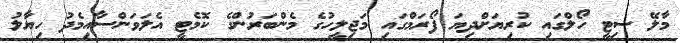
މާލޭ ސިޓީ ހޯލްގައި ކުރިޔަށްދިޔަ ފޯރަމްގައި މަޖިލީހުގެ މެންބަރުންގެ ކޮމެޓީ އެލަވަންސާއިމެދު ހިޔާލު